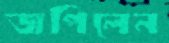
জপিলেন